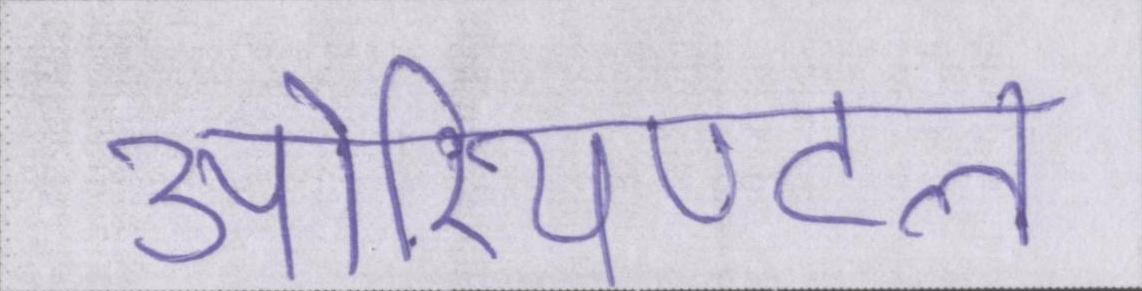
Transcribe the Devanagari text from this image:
ओरियण्टल